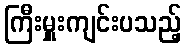
ကြီးမှူးကျင်းပသည့်